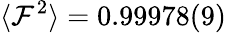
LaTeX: \langle\mathcal{F}^{2}\rangle=0.99978(9)